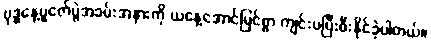
ဗုဒ္ဓနေ့ပူဇော်ပွဲအခမ်းအနားကို ယနေ့အောင်မြင်စွာ ကျင်းပပြီးစီးနိုင်ခဲ့ပါတယ်။